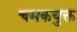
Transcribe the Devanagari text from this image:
चमकयुक्त